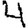
Digit: 4